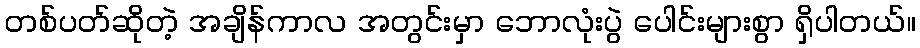
တစ်ပတ်ဆိုတဲ့ အချိန်ကာလ အတွင်းမှာ ဘောလုံးပွဲ ပေါင်းများစွာ ရှိပါတယ်။